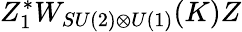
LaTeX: Z_{1}^{*}W_{SU(2)\otimes U(1)}(K)Z